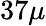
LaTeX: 37\mu